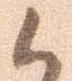
候